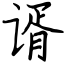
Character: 谞